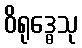
ဝိရုဒ္ဓေသု